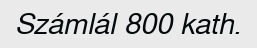
Számlál 800 kath.